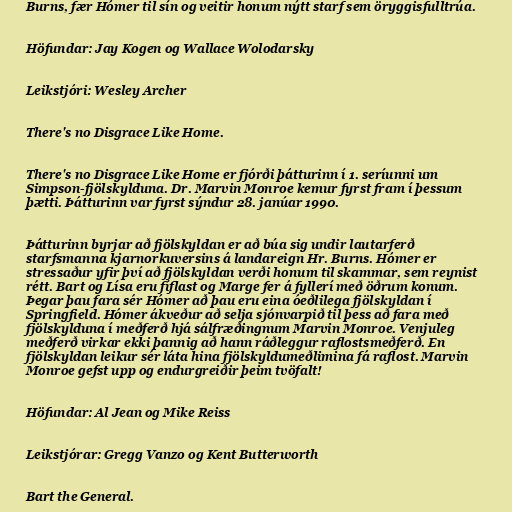
Burns, fær Hómer til sín og veitir honum nýtt starf sem öryggisfulltrúa.

Höfundar: Jay Kogen og Wallace Wolodarsky

Leikstjóri: Wesley Archer

There's no Disgrace Like Home.

There's no Disgrace Like Home er fjórði þátturinn í 1. seríunni um
Simpson-fjölskylduna. Dr. Marvin Monroe kemur fyrst fram í þessum
þætti. Þátturinn var fyrst sýndur 28. janúar 1990.

Þátturinn byrjar að fjölskyldan er að búa sig undir lautarferð
starfsmanna kjarnorkuversins á landareign Hr. Burns. Hómer er
stressaður yfir því að fjölskyldan verði honum til skammar, sem reynist
rétt. Bart og Lísa eru fíflast og Marge fer á fyllerí með öðrum konum.
Þegar þau fara sér Hómer að þau eru eina óeðlilega fjölskyldan í
Springfield. Hómer ákveður að selja sjónvarpið til þess að fara með
fjölskylduna í meðferð hjá sálfræðingnum Marvin Monroe. Venjuleg
meðferð virkar ekki þannig að hann ráðleggur raflostsmeðferð. En
fjölskyldan leikur sér láta hina fjölskyldumeðlimina fá raflost. Marvin
Monroe gefst upp og endurgreiðir þeim tvöfalt!

Höfundar: Al Jean og Mike Reiss

Leikstjórar: Gregg Vanzo og Kent Butterworth

Bart the General.